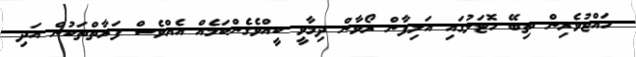
ހައްޖުވެރިން ތިބޭ ހޮޓަލުގައި އަލިފާން ރޯވާން ދިމާވީ ކީއްވެގެންކަމެއް އެއްވެސް ފަރާތްތަކުން އަދި